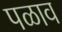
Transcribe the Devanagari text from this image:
पळाव